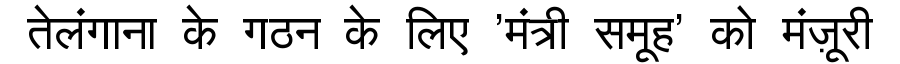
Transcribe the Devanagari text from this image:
तेलंगाना के गठन के लिए 'मंत्री समूह' को मंज़ूरी